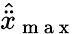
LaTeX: \hat{\ddot{x}}_{\mathrm{~m~a~x~}}